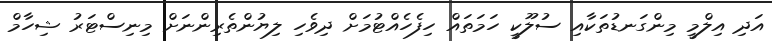
އަދި އިލްމީ މިންގަނޑުތަކާއި ސުލޫކީ ހަމަތައް ހިފެހެއްޓުމަށް ދިވެހި ލިޔުންތެރިންނަށް މިނިސްޓަރު ޝިހާމް